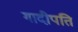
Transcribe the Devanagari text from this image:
गादीपति